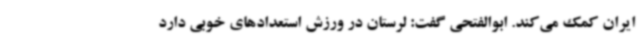
ایران کمک می‌کند. ابوالفتحی گفت: لرستان در ورزش استعدادهای خوبی دارد